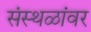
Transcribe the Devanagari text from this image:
संस्थळांवर